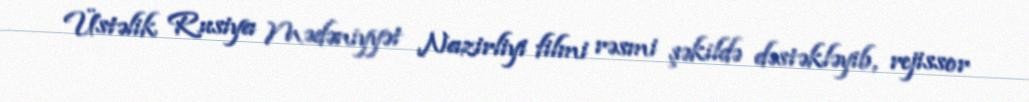
Üstəlik Rusiya Mədəniyyət Nazirliyi filmi rəsmi şəkildə dəstəkləyib, rejissor